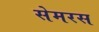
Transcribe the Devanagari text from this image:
सेमरस